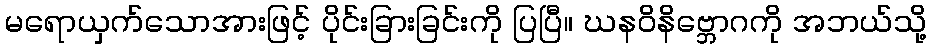
မရောယှက်သောအားဖြင့် ပိုင်းခြားခြင်းကို ပြပြီ။ ဃနဝိနိဗ္ဘောဂကို အဘယ်သို့